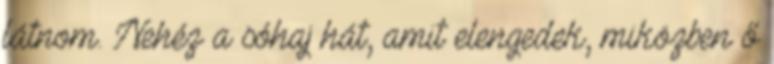
látnom. Nehéz a sóhaj hát, amit elengedek, miközben ő